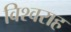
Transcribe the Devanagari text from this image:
विश्वराह